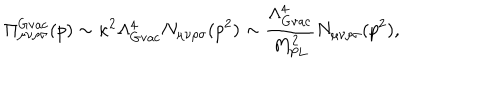
\Pi _ { \mu \nu \rho \sigma } ^ { \mathrm { \mathrm { G v a c } } } ( p ) \sim \kappa ^ { 2 } \Lambda _ { \mathrm { G v a c } } ^ { 4 } N _ { \mu \nu \rho \sigma } ( p ^ { 2 } ) \sim \frac { \Lambda _ { \mathrm { G v a c } } ^ { 4 } } { M _ { \mathrm { P L } } ^ { 2 } } N _ { \mu \nu \rho \sigma } ( p ^ { 2 } ) ,